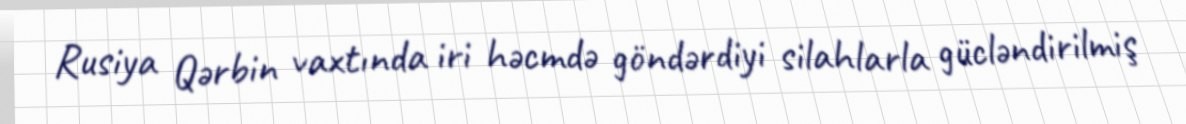
Rusiya Qərbin vaxtında iri həcmdə göndərdiyi silahlarla gücləndirilmiş